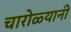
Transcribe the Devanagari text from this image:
चारोळ्यानी